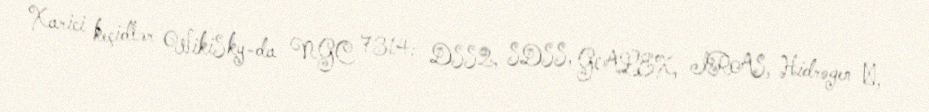
Xarici keçidlər WikiSky-da NGC 7314: DSS2, SDSS, GALEX, IRAS, Hidrogen α,